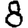
Digit: 8